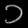
Digit: ၁